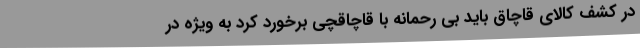
در کشف کالای قاچاق باید بی رحمانه با قاچاقچی برخورد کرد به ویژه در